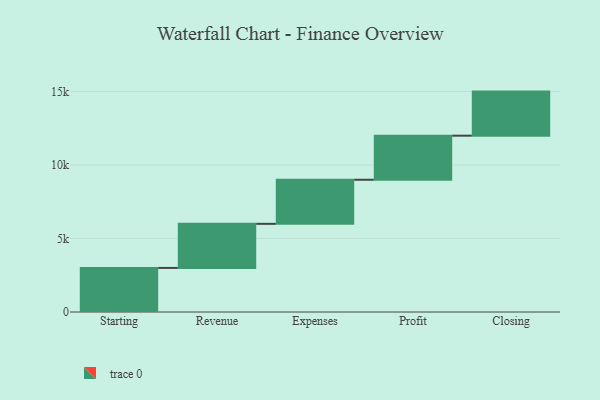
{"axis": {"x": "Step", "y": "Value"}, "legend": [""], "data": [{"x": "Starting", "y": 3000, "type": ""}, {"x": "Revenue", "y": 3000, "type": ""}, {"x": "Expenses", "y": 3000, "type": ""}, {"x": "Profit", "y": 3000, "type": ""}, {"x": "Closing", "y": 3000, "type": ""}]}